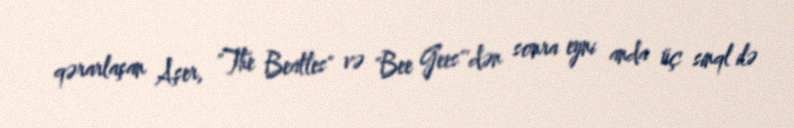
qərarlaşan Aşer, "The Beatles" və "Bee Gees"'dən sonra eyni anda üç sinql ilə